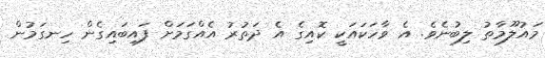
މައުލޫމާތު ލިބުނެވެ. އެ ވާހަކައަކީ ކޮއިގެ އެ ދަތުރު އެއްގަމަށް ފައިބައިގެން ހިނގަމުން